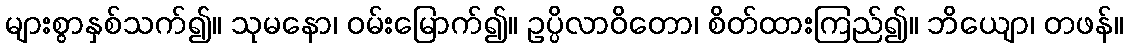
များစွာနှစ်သက်၍။ သုမနော၊ ဝမ်းမြောက်၍။ ဥပ္ပိလာဝိတော၊ စိတ်ထားကြည်၍။ ဘိယျော၊ တဖန်။